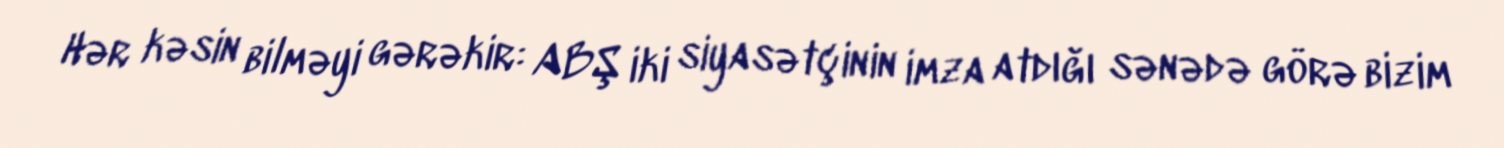
Hər kəsin bilməyi gərəkir: ABŞ iki siyasətçinin imza atdığı sənədə görə bizim